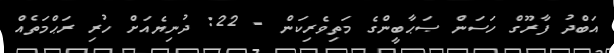
އަބްދު ފާރޫގް ހަސަން ޞަޙާބީންގެ މަތިވެރިކަން - 22: ދުނިޔެއަށް ހުރި ރަޙްމަތެއް